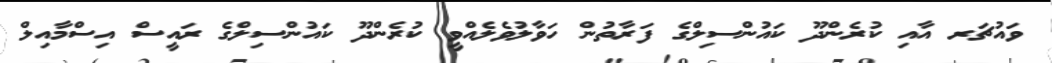
ވައުޗަރ އާއި ކުރެންދޫ ކައުންސިލްގެ ފަރާތުން ހަވާލުވެލެއްވީ ކުރެންދޫ ކައުންސިލްގެ ރައީސް އިސްމާއިލް